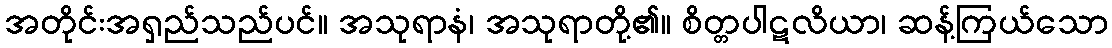
အတိုင်းအရှည်သည်ပင်။ အသုရာနံ၊ အသုရာတို့၏။ စိတ္တပါဋလိယာ၊ ဆန့်ကြယ်သော